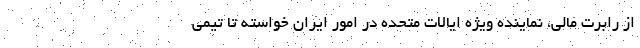
از رابرت مالی، نماینده ویژه ایالات متحده در امور ایران خواسته تا تیمی